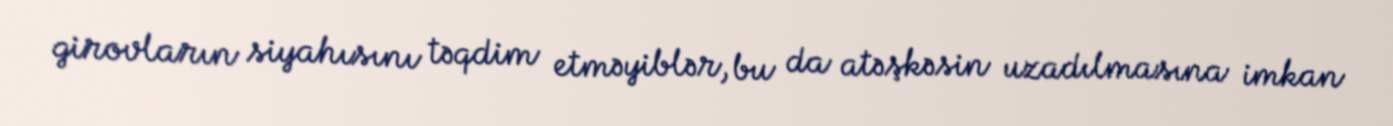
girovların siyahısını təqdim etməyiblər, bu da atəşkəsin uzadılmasına imkan